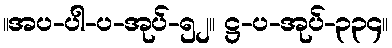
။အပ-ပါ-ပ-အုပ်-၅၂။ ဋ္ဌ-ပ-အုပ်-၃၃၄။